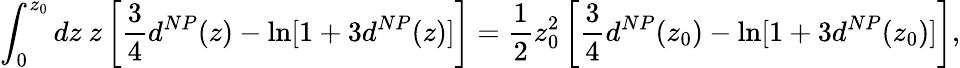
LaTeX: \int_{0}^{z_{0}}dz\ z\left[{\frac{3}{4}}d^{NP}(z)-\ln[1+3d^{NP}(z)]\right]={\frac{1}{2}}z_{0}^{2}\left[{\frac{3}{4}}d^{NP}(z_{0})-\ln[1+3d^{NP}(z_{0})]\right],